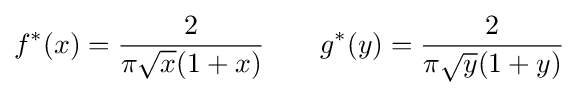
f^{*}(x)={\frac {2}{\pi {\sqrt {x}}(1+x)}}\qquad g^{*}(y)={\frac {2}{\pi {\sqrt {y}}(1+y)}}